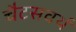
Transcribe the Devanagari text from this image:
चैटसवर्थ